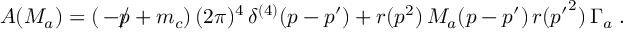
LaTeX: A ( M _ { a } ) = ( \, - \rlap / p + m _ { c } ) \, ( 2 \pi ) ^ { 4 } \, \delta ^ { ( 4 ) } ( p - p ^ { \prime } ) + r ( p ^ { 2 } ) \, M _ { a } ( p - p ^ { \prime } ) \, r ( { p ^ { \prime } } ^ { 2 } ) \, \Gamma _ { a } \; .